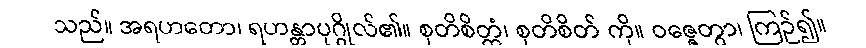
သည်။ အရဟတော၊ ရဟန္တာပုဂ္ဂိုလ်၏။ စုတိစိတ္တံ၊ စုတိစိတ် ကို။ ဝဇ္ဇေတွာ၊ ကြဉ်၍။